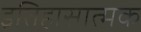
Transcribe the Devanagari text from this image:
इतिहासात्मक